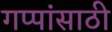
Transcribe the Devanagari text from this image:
गप्पांसाठी